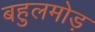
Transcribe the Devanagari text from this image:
बहुलमोड़